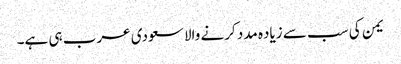
یمن کی سب سے زیاده مدد کرنے والا سعودی عرب ہی ہے۔